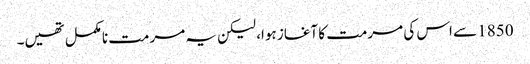
1850 سے اس کی مرمت کا آغاز ہوا، لیکن یہ مرمت نامکمل تھیں۔